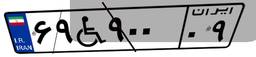
۶۹W۹۰۰۰۹